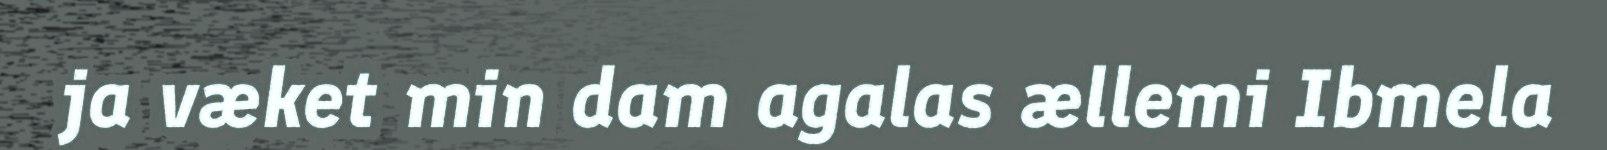
ja væket min dam agalas ællemi Ibmela